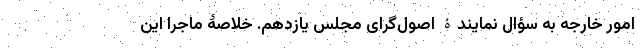
امور خارجه به سؤال نمایندۀ اصول‌گرای مجلس یازدهم. خلاصۀ ماجرا این